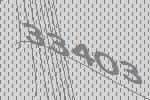
33403